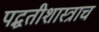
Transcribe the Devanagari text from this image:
पद्धतीशास्त्राच